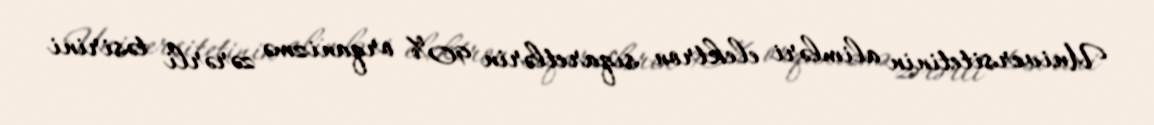
Universitetinin alimləri elektron siqaretlərin 90% orqanizmə zərərli təsirini